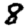
Digit: 8